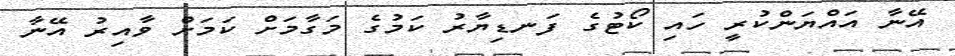
އޭނާ އައްޔަންކުރީ ހައި ކޯޓުގެ ފަނޑިޔާރު ކަމުގެ މަގާމަށް ކަމަށް ވާއިރު އޭނާ